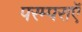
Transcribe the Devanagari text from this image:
परम्पराएॅ